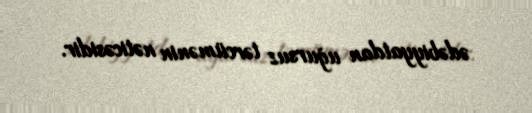
ədəbiyyatdan uğursuz tərcümənin nəticəsidir.